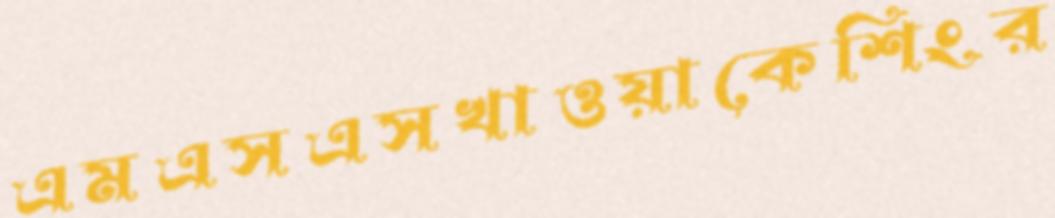
এমএসএসখাওয়াকেশিংর